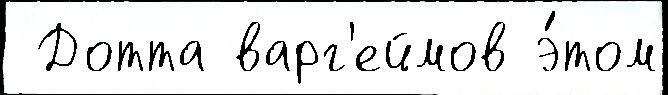
 Дотта варг'еймов э́том